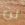
لن